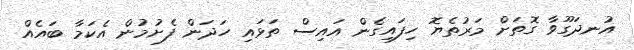
އުނދަގޫވާ ގޮތަށް މަރުތެޔޮ ހިފައިގެން އައިސް ތަޅައި ހަދަން ފެށުމުން އެކަމާ ބައެއް